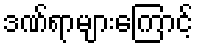
ဒဏ်ရာများကြောင့်